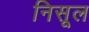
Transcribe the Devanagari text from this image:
निसूल